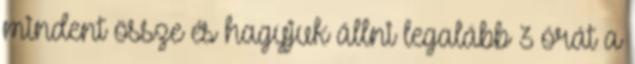
mindent össze és hagyjuk állni legalább 3 órát a